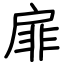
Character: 扉